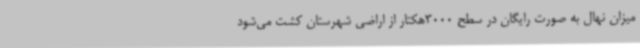
میزان نهال به صورت رایگان در سطح 3000هکتار از اراضی شهرستان کشت می‌شود